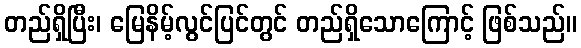
တည်ရှိပြီး၊ မြေနိမ့်လွင်ပြင်တွင် တည်ရှိသောကြောင့် ဖြစ်သည်။